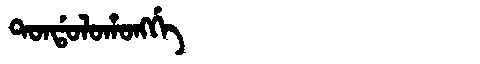
Manchu: ᡨᠣᠨᡩᠣᠯᠣᡥᠣᠩᡤᡝ
Romanization: TONDOLOHONGGE